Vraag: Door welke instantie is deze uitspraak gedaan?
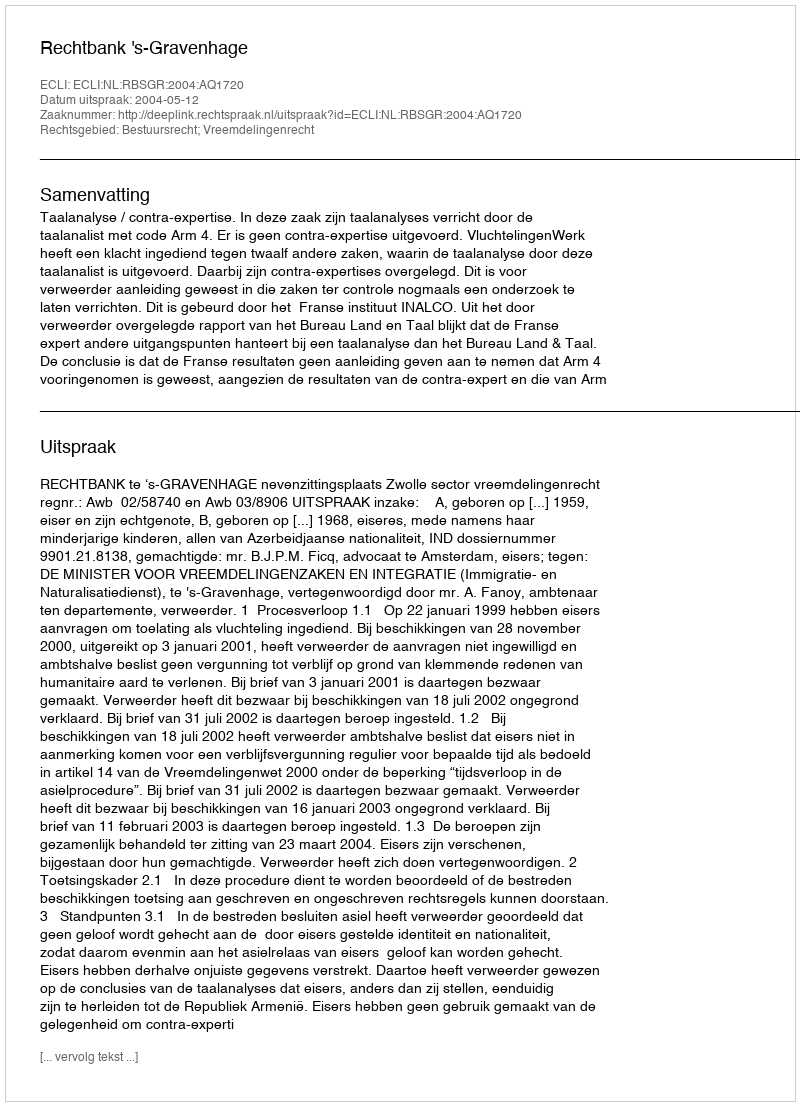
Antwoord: Rechtbank 's-Gravenhage